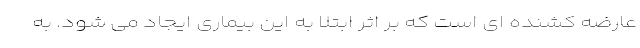
عارضه کشنده ای است که بر اثر ابتلا به این بیماری ایجاد می شود. به